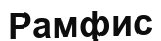
Рамфис